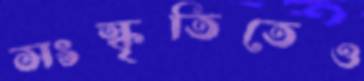
সংস্কৃতিতেও